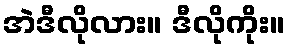
အဲဒီလိုလား။ ဒီလိုကိုး။